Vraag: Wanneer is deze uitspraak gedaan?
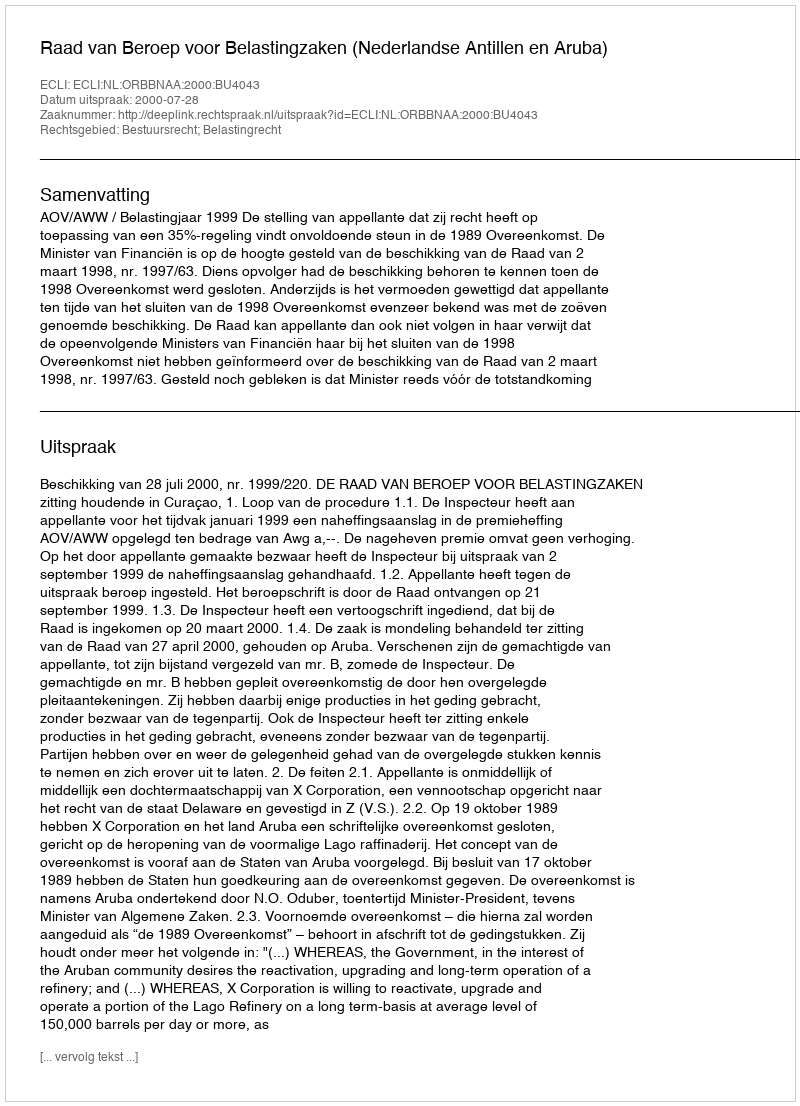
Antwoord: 2000-07-28